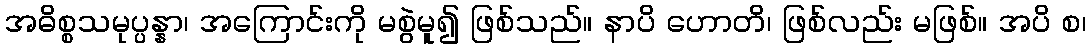
အဓိစ္စသမုပ္ပန္နာ၊ အကြောင်းကို မစွဲမူ၍ ဖြစ်သည်။ နာပိ ဟောတိ၊ ဖြစ်လည်း မဖြစ်။ အပိ စ၊